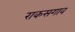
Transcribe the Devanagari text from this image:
राकसगाव